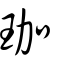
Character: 珈